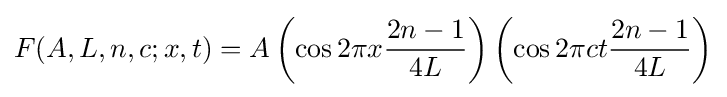
F(A,L,n,c;x,t)=A\left(\cos 2\pi x{\frac {2n-1}{4L}}\right)\left(\cos 2\pi ct{\frac {2n-1}{4L}}\right)